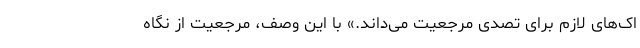
اک‌های لازم برای تصدی مرجعیت می‌داند.» با این وصف، مرجعیت از نگاه